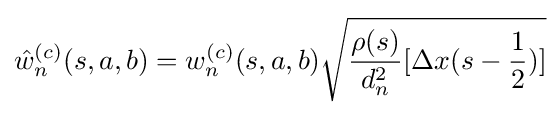
{\hat {w}}_{n}^{(c)}(s,a,b)=w_{n}^{(c)}(s,a,b){\sqrt {{\frac {\rho (s)}{d_{n}^{2}}}[\Delta x(s-{\frac {1}{2}})]}}